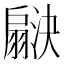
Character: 𬚇